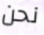
نحن